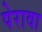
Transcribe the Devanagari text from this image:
पेरावा